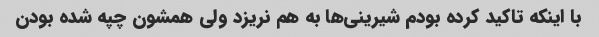
با اینکه تاکید کرده بودم شیرینی‌ها به هم نریزد ولی همشون چپه شده بودن